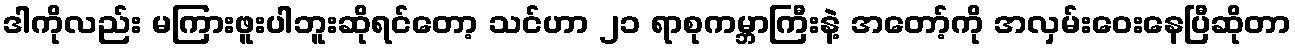
ဒါကိုလည်း မကြားဖူးပါဘူးဆိုရင်တော့ သင်ဟာ ၂၁ ရာစုကမ္ဘာကြီးနဲ့ အတော့်ကို အလှမ်းဝေးနေပြီဆိုတာ